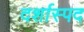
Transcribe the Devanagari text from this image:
दर्शास्पद